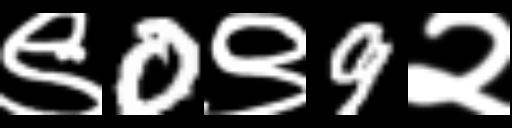
Text: ९0९9२